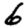
Digit: 6